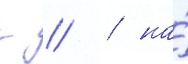
г // / на́